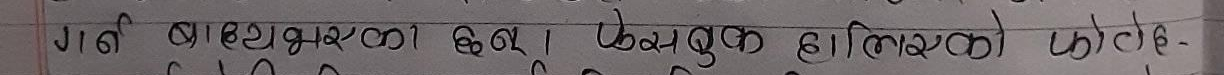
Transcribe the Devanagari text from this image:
गर्ने वैल्युरमको छैन। सैम्युक्त सालिकको फाटे-
जिर्ण हामीले खोजेको र फेसबुकमा फोटो हालेको